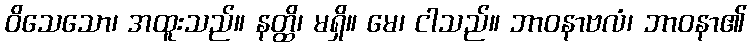
ဝိသေသော၊ အထူးသည်။ နတ္ထိ၊ မရှိ။ မေ၊ ငါသည်။ ဘာဝနာဗလံ၊ ဘာဝနာ၏